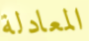
المعادلة